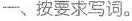
一、按要求写词。